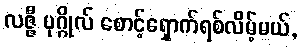
လဇ္ဇီ ပုဂ္ဂိုလ် စောင့်ရှောက်ရစ်လိမ့်မယ်,